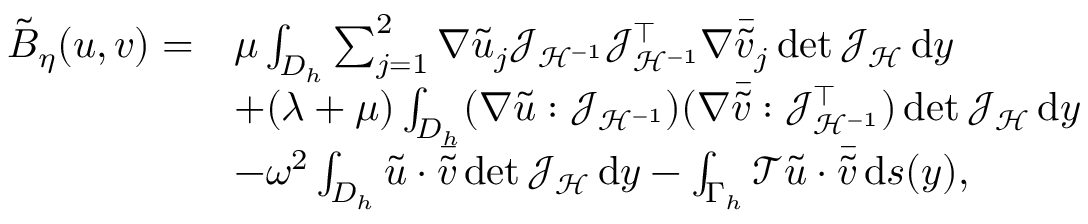
\begin{array} { r l } { \tilde { B } _ { \eta } ( u , v ) = } & { \mu \int _ { D _ { h } } \sum _ { j = 1 } ^ { 2 } \nabla \tilde { u } _ { j } \mathcal { J } _ { \mathcal { H } ^ { - 1 } } \mathcal { J } _ { \mathcal { H } ^ { - 1 } } ^ { \top } \nabla \bar { \tilde { v } } _ { j } \operatorname* { d e t } { \mathcal { J } _ { \mathcal { H } } } \, \mathrm { d } y } \\ & { + ( \lambda + \mu ) \int _ { D _ { h } } ( \nabla \tilde { u } : \mathcal { J } _ { \mathcal { H } ^ { - 1 } } ) ( \nabla \bar { \tilde { v } } : \mathcal { J } _ { \mathcal { H } ^ { - 1 } } ^ { \top } ) \operatorname* { d e t } { \mathcal { J } _ { \mathcal { H } } } \, \mathrm { d } y } \\ & { - \omega ^ { 2 } \int _ { D _ { h } } \tilde { u } \cdot \bar { \tilde { v } } \operatorname* { d e t } { \mathcal { J } _ { \mathcal { H } } } \, \mathrm { d } y - \int _ { \Gamma _ { h } } \mathcal { T } \tilde { u } \cdot \bar { \tilde { v } } \, \mathrm { d } s ( y ) , } \end{array}